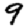
Digit: 9